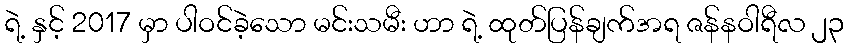
ရဲ့ နှင့် 2017 မှာ ပါဝင်ခဲ့သော မင်းသမီး ဟာ ရဲ့ ထုတ်ပြန်ချက်အရ ဇန်နဝါရီလ ၂၃